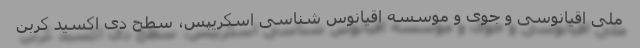
ملی اقیانوسی و جوی و موسسه اقیانوس شناسی اسکریپس، سطح دی اکسید کربن